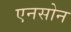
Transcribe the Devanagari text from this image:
एनसोन